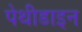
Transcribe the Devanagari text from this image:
पेथीडाइन